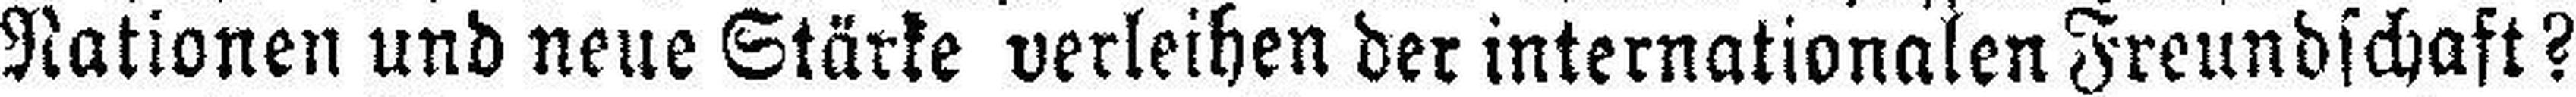
Nationen und neue Stärke verleihen der internationalen Freundschaft?